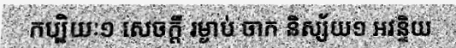
កប្បិយៈ១ សេចក្តី រម្ងាប់ ចាក និស្ស័យ១ អវន្ទិយ